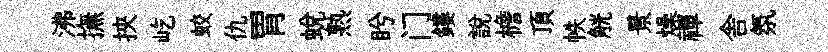
沸撫挾屹蛟仇胃蜕熟盻门鏤說檐頂帙觥景燥禪舎氛